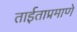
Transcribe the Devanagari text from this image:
ताईताप्रमाणे